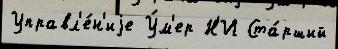
Управл'е́н'иjе У́м'ер Н'И Ста́рший